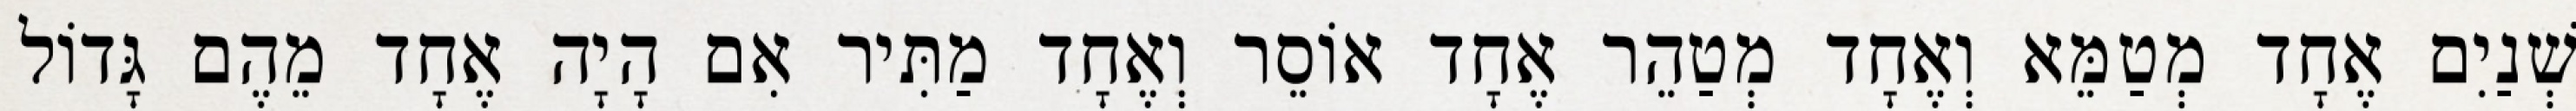
שְׁנַיִם אֶחָד מְטַמֵּא וְאֶחָד מְטַהֵר אֶחָד אוֹסֵר וְאֶחָד מַתִּיר אִם הָיָה אֶחָד מֵהֶם גָּדוֹל